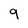
Character: 9